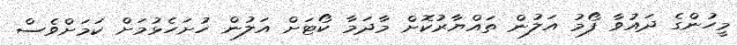
މީހުންގެ ދައުވާ ފޯމު އަލުން ތައްޔާރުކޮށް މާދަމާ ކޯޓަށް އަލުން ހުށަހެޅުމަށް ކަމަށްވެސް